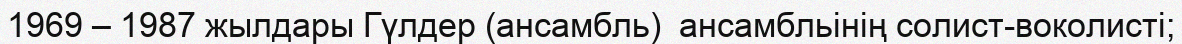
1969 – 1987 жылдары Гүлдер (ансамбль)  ансамбльінің солист-воколисті;